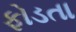
ફોડતા